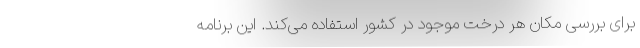
برای بررسی مکان هر درخت موجود در کشور استفاده می‌کند. این برنامه